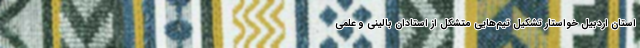
استان اردبیل خواستار تشکیل تیم‌هایی متشکل از استادان بالینی و علمی